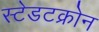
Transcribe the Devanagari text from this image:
स्टेडटक्रोन